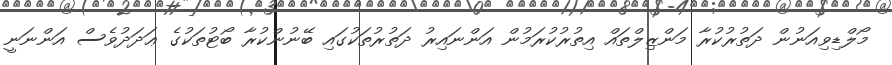
މޯލްޑިވިއަނުން ދަތުރުކުރާ މަންޒިލްތައް އިތުރުކުރަމުން އަންނައިރު ދަތުރުތަކުގައި ބޭނުންކުރާ ބޯޓުތަކުގެ ޢަދަދުވެސް އަންނަނީ